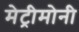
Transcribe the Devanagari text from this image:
मेट्रीमोनी